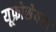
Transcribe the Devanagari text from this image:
यूफ्रोसेयना